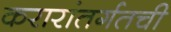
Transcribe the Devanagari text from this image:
करारांतर्गतची